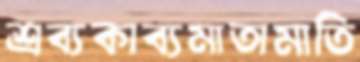
শ্রব্যকাব্যমাতামাতি